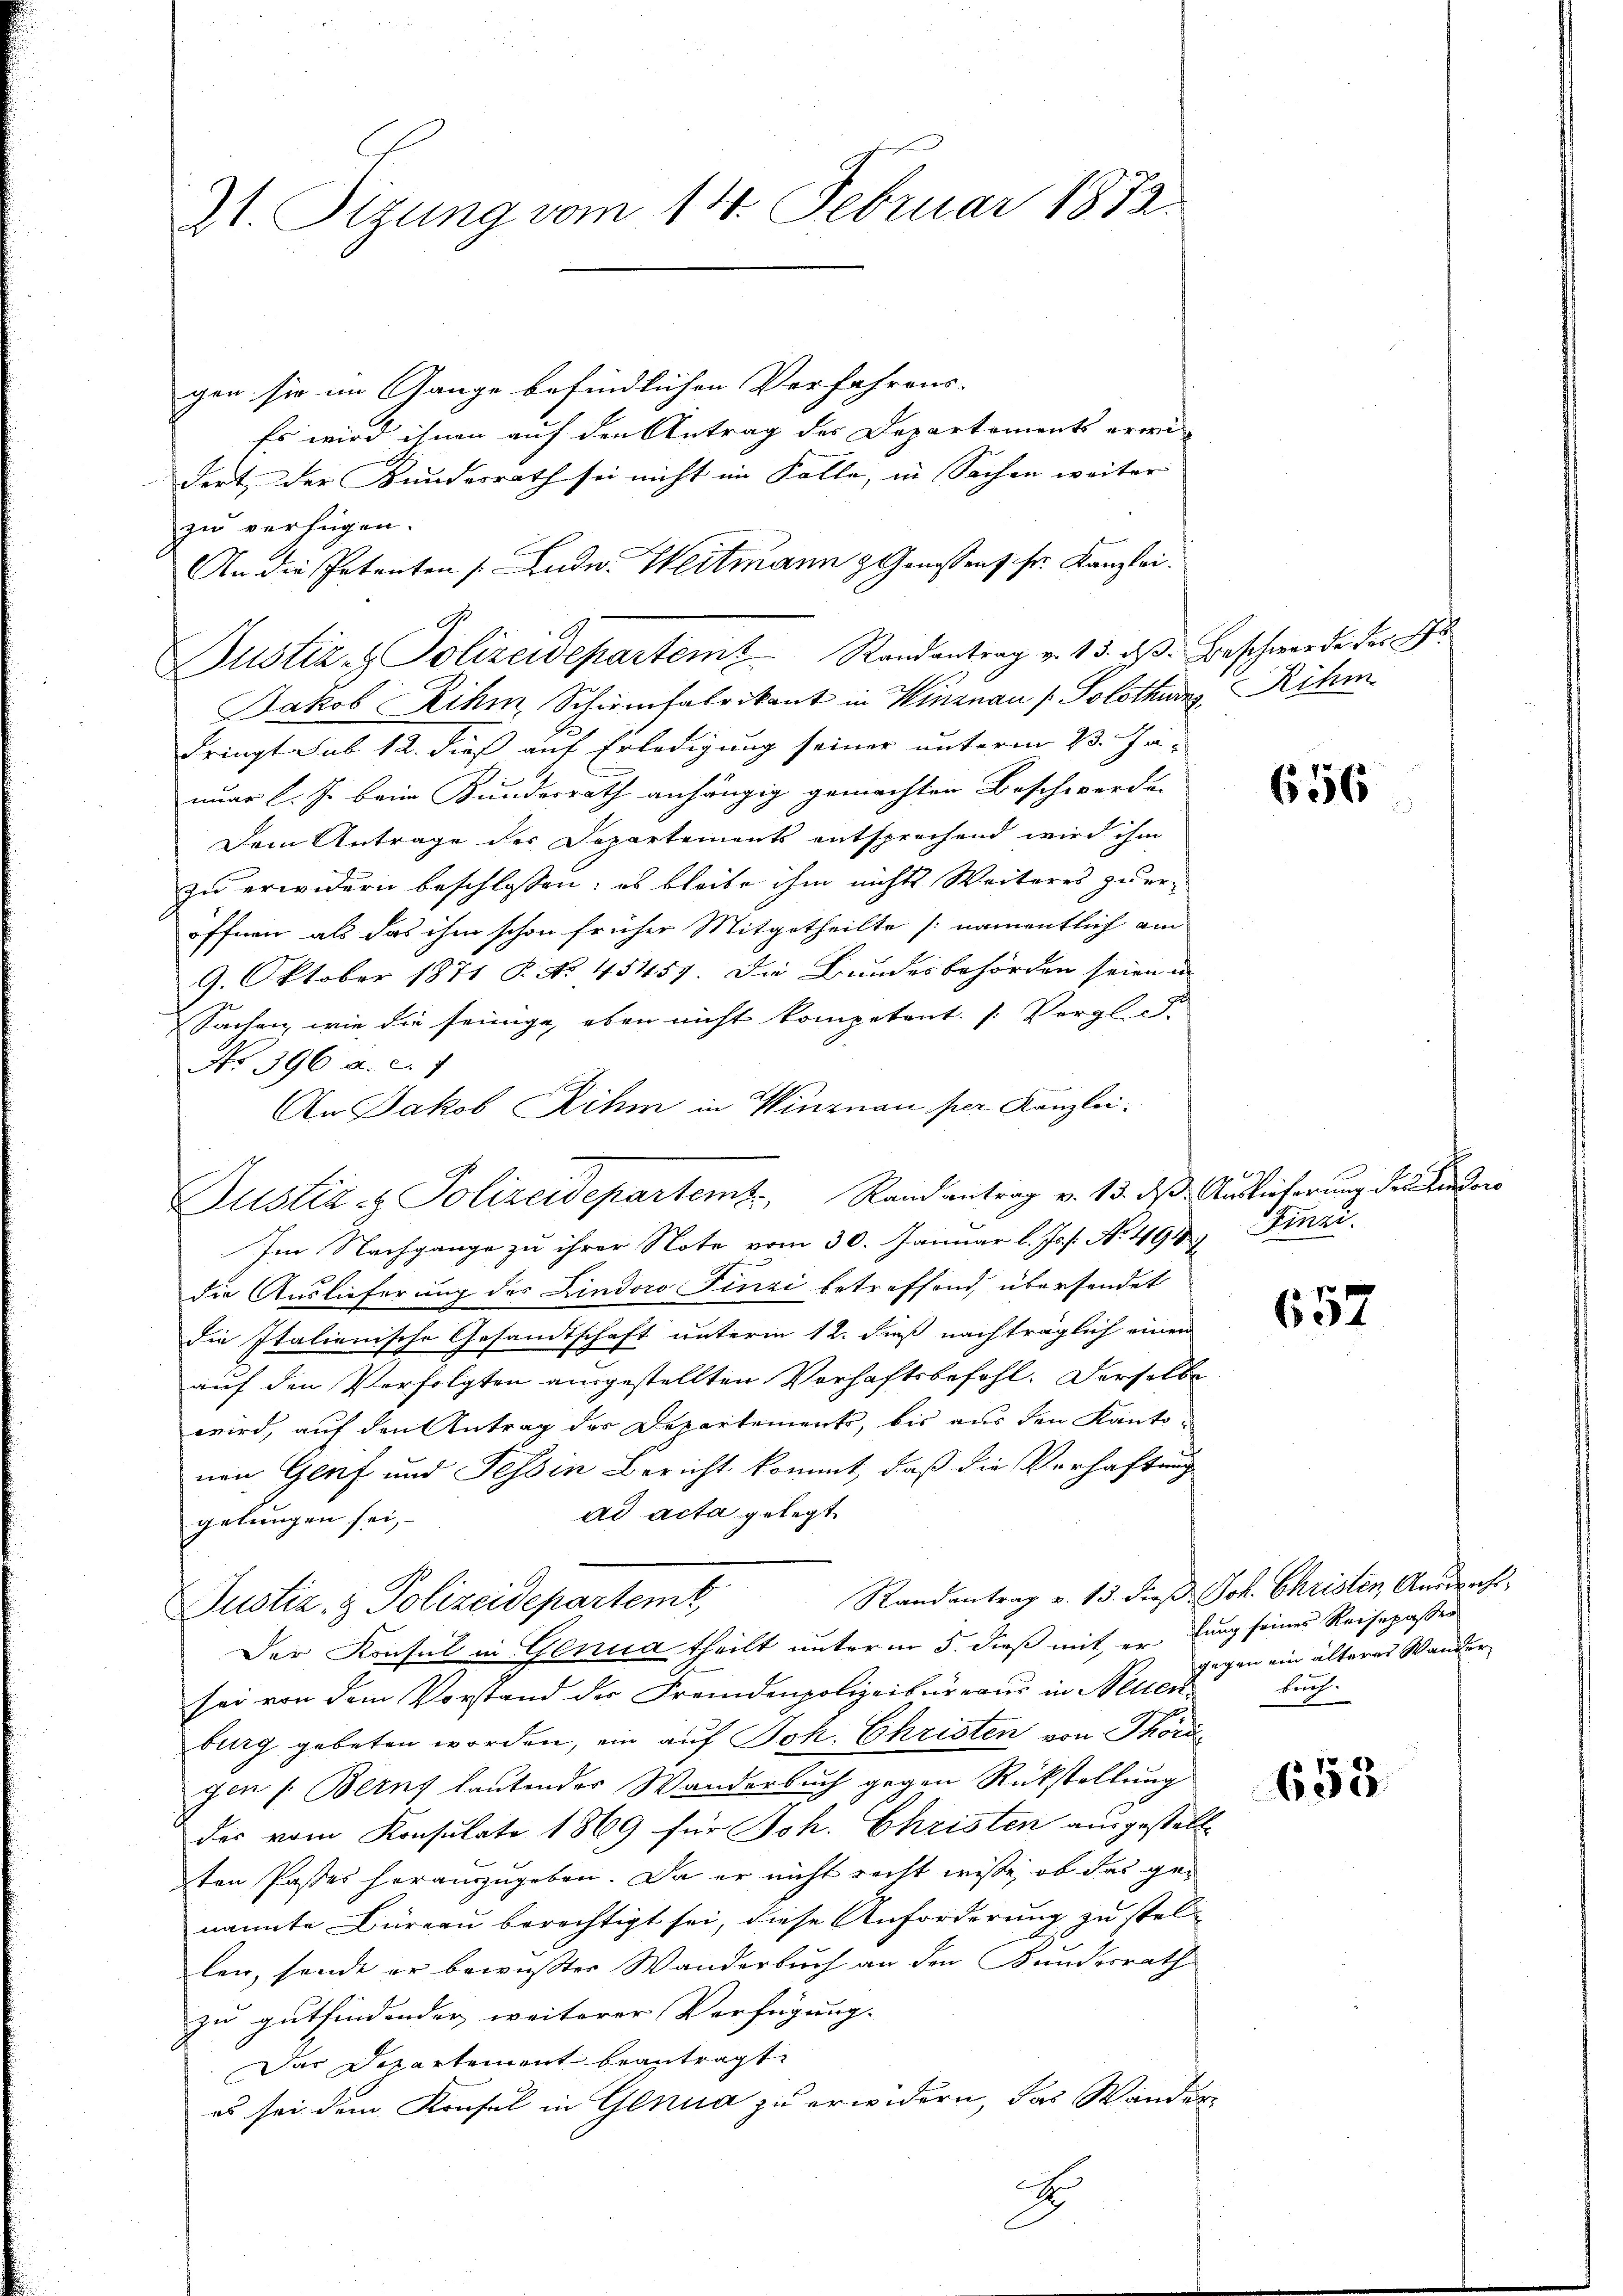
Zt. Tizung vom 14. Februar 1872.

gen sie im Gange befindlichen Verfahrens-
Es wird ihnen auf den Antrag des Departements erwi
dert, der Bundesrath sei nicht im Kolle, in Sachen weiter
zu verfügen.
An die Petenten (Ende. Weitmann z. Genossens sr. Kanzlei.
.
Bustiz- & Polizeidepartem Randantrag v. 13. dβ. Beschwerde der
Jakob Rihm, Schirmfabrikant in Winznau (Solothurn, ihm
dringt sub 12. dieß auf Erledigung seiner unterm 23. Ja-
nuar l. J. beim Kundesrath anhängig gemachten Beschwerden
Dem Antrage der Departements entsprechend wird ihm
zu erwidern beschlossen: es bleibe ihm nichts Weiteres zueröffnen, als das ihm schon früher Mitgetheilte (namentlich am
9. Oktober 1871 P. No. 45457. Die Bundesbehörden seien in
Sachen, wie die seinige, eben nicht kompetent. (: Vergl. S.
No 396 a. c. 1
An Jakob Rihm in Winznau per Kanzlei¬
Im Nachgange zu ihrer Note vom 30. Januar l. Js. s. No 492. Finzix
die Auslieferung des Lindoro Finzi betreffend, übersendet
die Italienische Gesandtschaft unterm 12. Fuß nachträglich einen
auf den Verfolgten ausgestellten Verhaftsbefehl. Derselbe
wird, auf den Antrag des Departements, bis aus den Kanto-
nen Genf und Tessin Bericht kommt, daß die Verhaftung
ad acta gelegt.
gelungen sei,
Randantrag v. 13. Jos. Joh. Christen, Andrecht
Justiz & Polizeidepartemt,
Der Konsul in Genua theilt unterm 5. dieß mit er lung seines Reisepaßer
sei von dem Vorstand der Fremdenpolizeibureaus in Neuen-
burg gebeten worden, ein auf Joh. Christen von Thorigen s. Beruf lautender Wanderbuch gegen Rückstellung
des vom Konsulato 1869 für Joh. Christen ausgestell-
ten Passes herauszugeben. Da er nicht recht wisse, ob das genannte Büreau berechtigt sei, diese Anforderung zu stellen, sende er bewußter Wanderbuch an den Bundesrath
zu gutfindender weiterer Verfügung.
Das Departement beantragt.
es sei dem Konsul in Genua zu erwidern, das Wander-
2

Justiz & Polizeidepartem Randantrag v. 13. das Auslieferung des eine

656

652

gegen ein älteres Wander
buch.

653